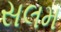
સલમ